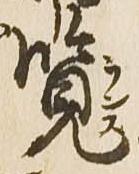
覧